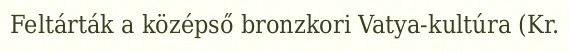
Feltárták a középső bronzkori Vatya-kultúra (Kr.